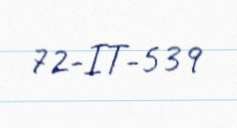
72-IT-539